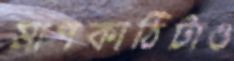
মাপকাঠিটাও